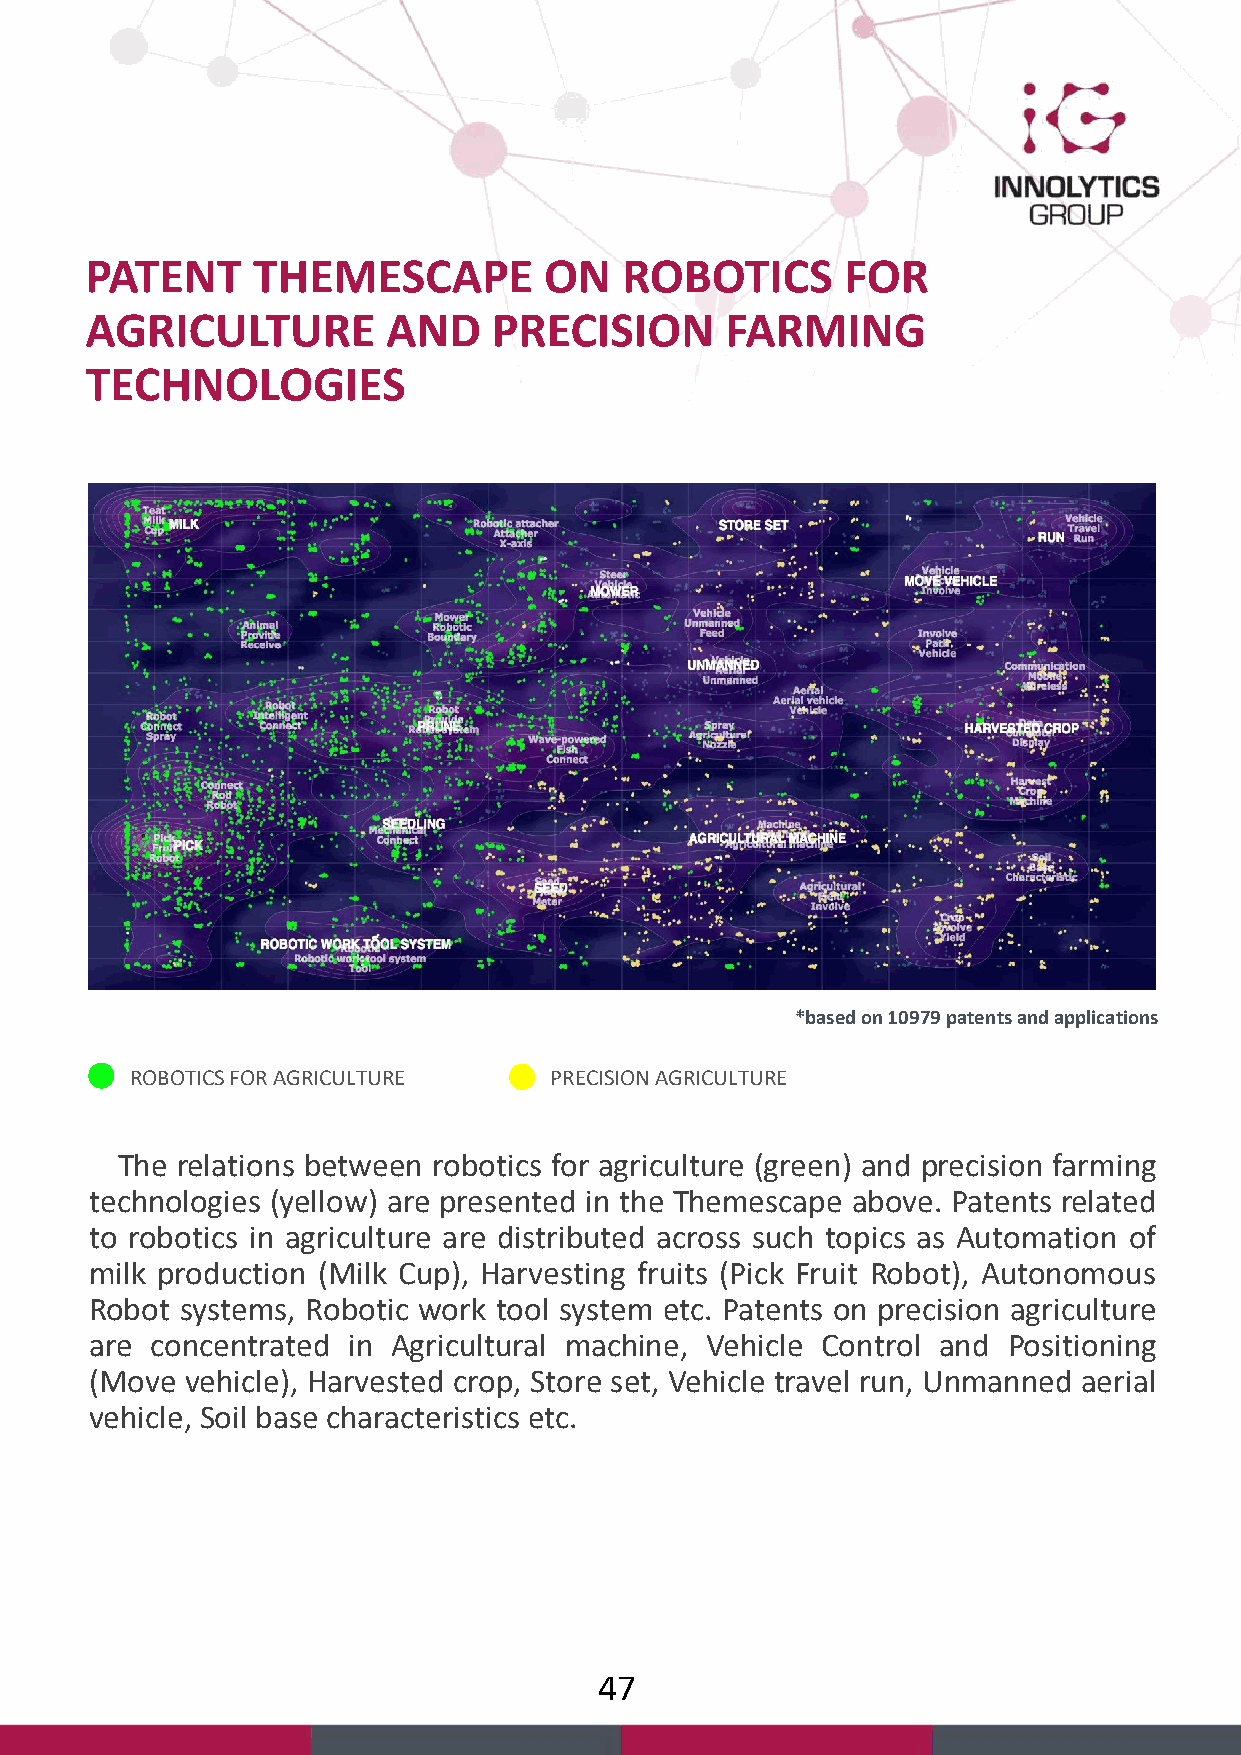
PATENT     THEMESCAPE         ON   ROBOTICS       FOR
 AGRICULTURE         AND    PRECISION      FARMING
 TECHNOLOGIES
 *based on 10979 patents and applications
 ROBOTICS FOR AGRICULTURE   PRECISION AGRICULTURE
 The relations between robotics for agriculture (green) and precision farming
 technologies (yellow) are presented in the Themescape above. Patents related
 to robotics in agriculture are distributed across such topics as Automation of
 milk production (Milk Cup), Harvesting fruits (Pick Fruit Robot), Autonomous
 Robot systems, Robotic work tool system etc. Patents on precision agriculture
 are concentrated in Agricultural machine, Vehicle Control and Positioning
 (Move vehicle), Harvested crop, Store set, Vehicle travel run, Unmanned aerial
 vehicle, Soil base characteristics etc.
 47